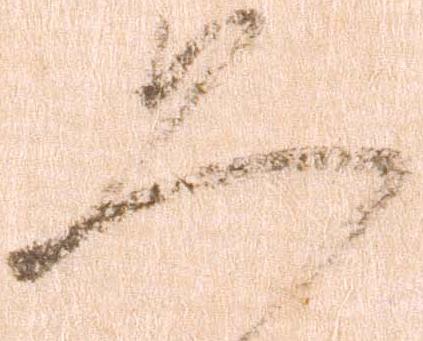
恐